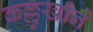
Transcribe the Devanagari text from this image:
कल्लुखाँने